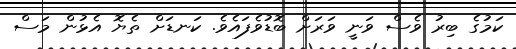
ކަމުގެ ބިރު ވެސް ވަނީ ވަރަށް ބޮޑުވެފައެވެ. ކަނޑަށް ތެޔޮ އެޅުން މަސް